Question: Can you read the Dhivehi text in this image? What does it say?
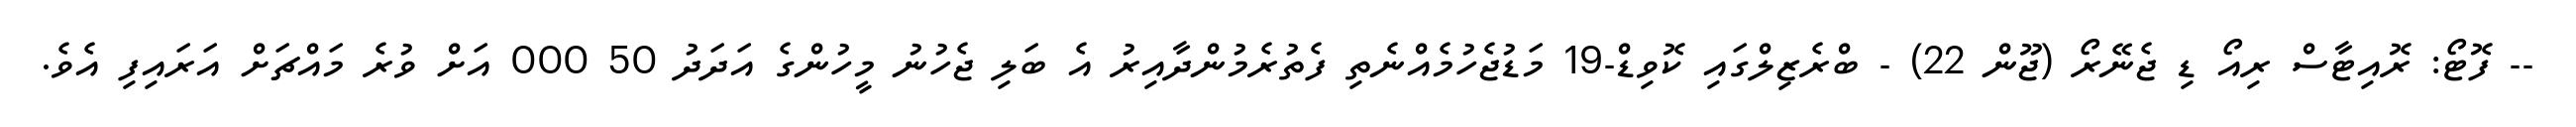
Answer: -- ފޮޓޯ: ރޮއިޓާސް ރިއޯ ޑި ޖެނޭރޯ (ޖޫން 22) - ބްރެޒިލްގައި ކޮވިޑް-19 މަޑުޖެހުމެއްނެތި ފެތުރެމުންދާއިރު އެ ބަލި ޖެހުނު މީހުންގެ އަދަދު 50 000 އަށް ވުރެ މައްޗަށް އަރައިފި އެވެ.